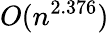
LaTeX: O(n^{2.376})